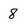
Character: 8